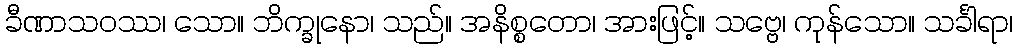
ခီဏာသဝဿ၊ သော။ ဘိက္ခုနော၊ သည်။ အနိစ္စတော၊ အားဖြင့်။ သဗ္ဗေ၊ ကုန်သော။ သင်္ခါရာ၊